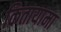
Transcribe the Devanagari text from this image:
कितायामा